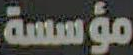
مؤسسة